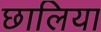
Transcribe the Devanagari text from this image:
छालिया